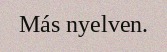
Más nyelven.